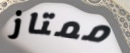
ممتاز